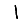
Digit: 1